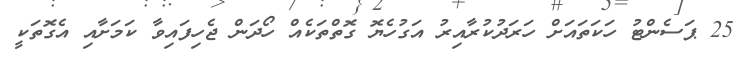
25 ޕަސެންޓު ހަކަތައަށް ހަރަދުކުރާއިރު އަގުހެޔޮ ގޮތްތަކެއް ހޯދަން ޖެހިފައިވާ ކަަމަށާއި އެގޮތަކީ